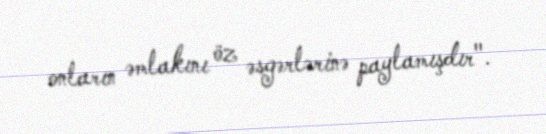
onların əmlakını öz əsgərlərinə paylamışdır".